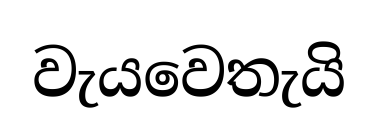
වැයවෙතැයි